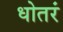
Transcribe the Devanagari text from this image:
धोतरं